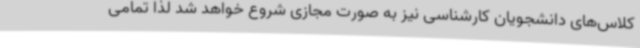
کلاس‌های دانشجویان کارشناسی نیز به صورت مجازی شروع خواهد شد لذا تمامی